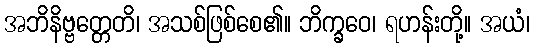
အဘိနိဗ္ဗတ္တေတိ၊ အသစ်ဖြစ်စေ၏။ ဘိက္ခဝေ၊ ရဟန်းတို့။ အယံ၊